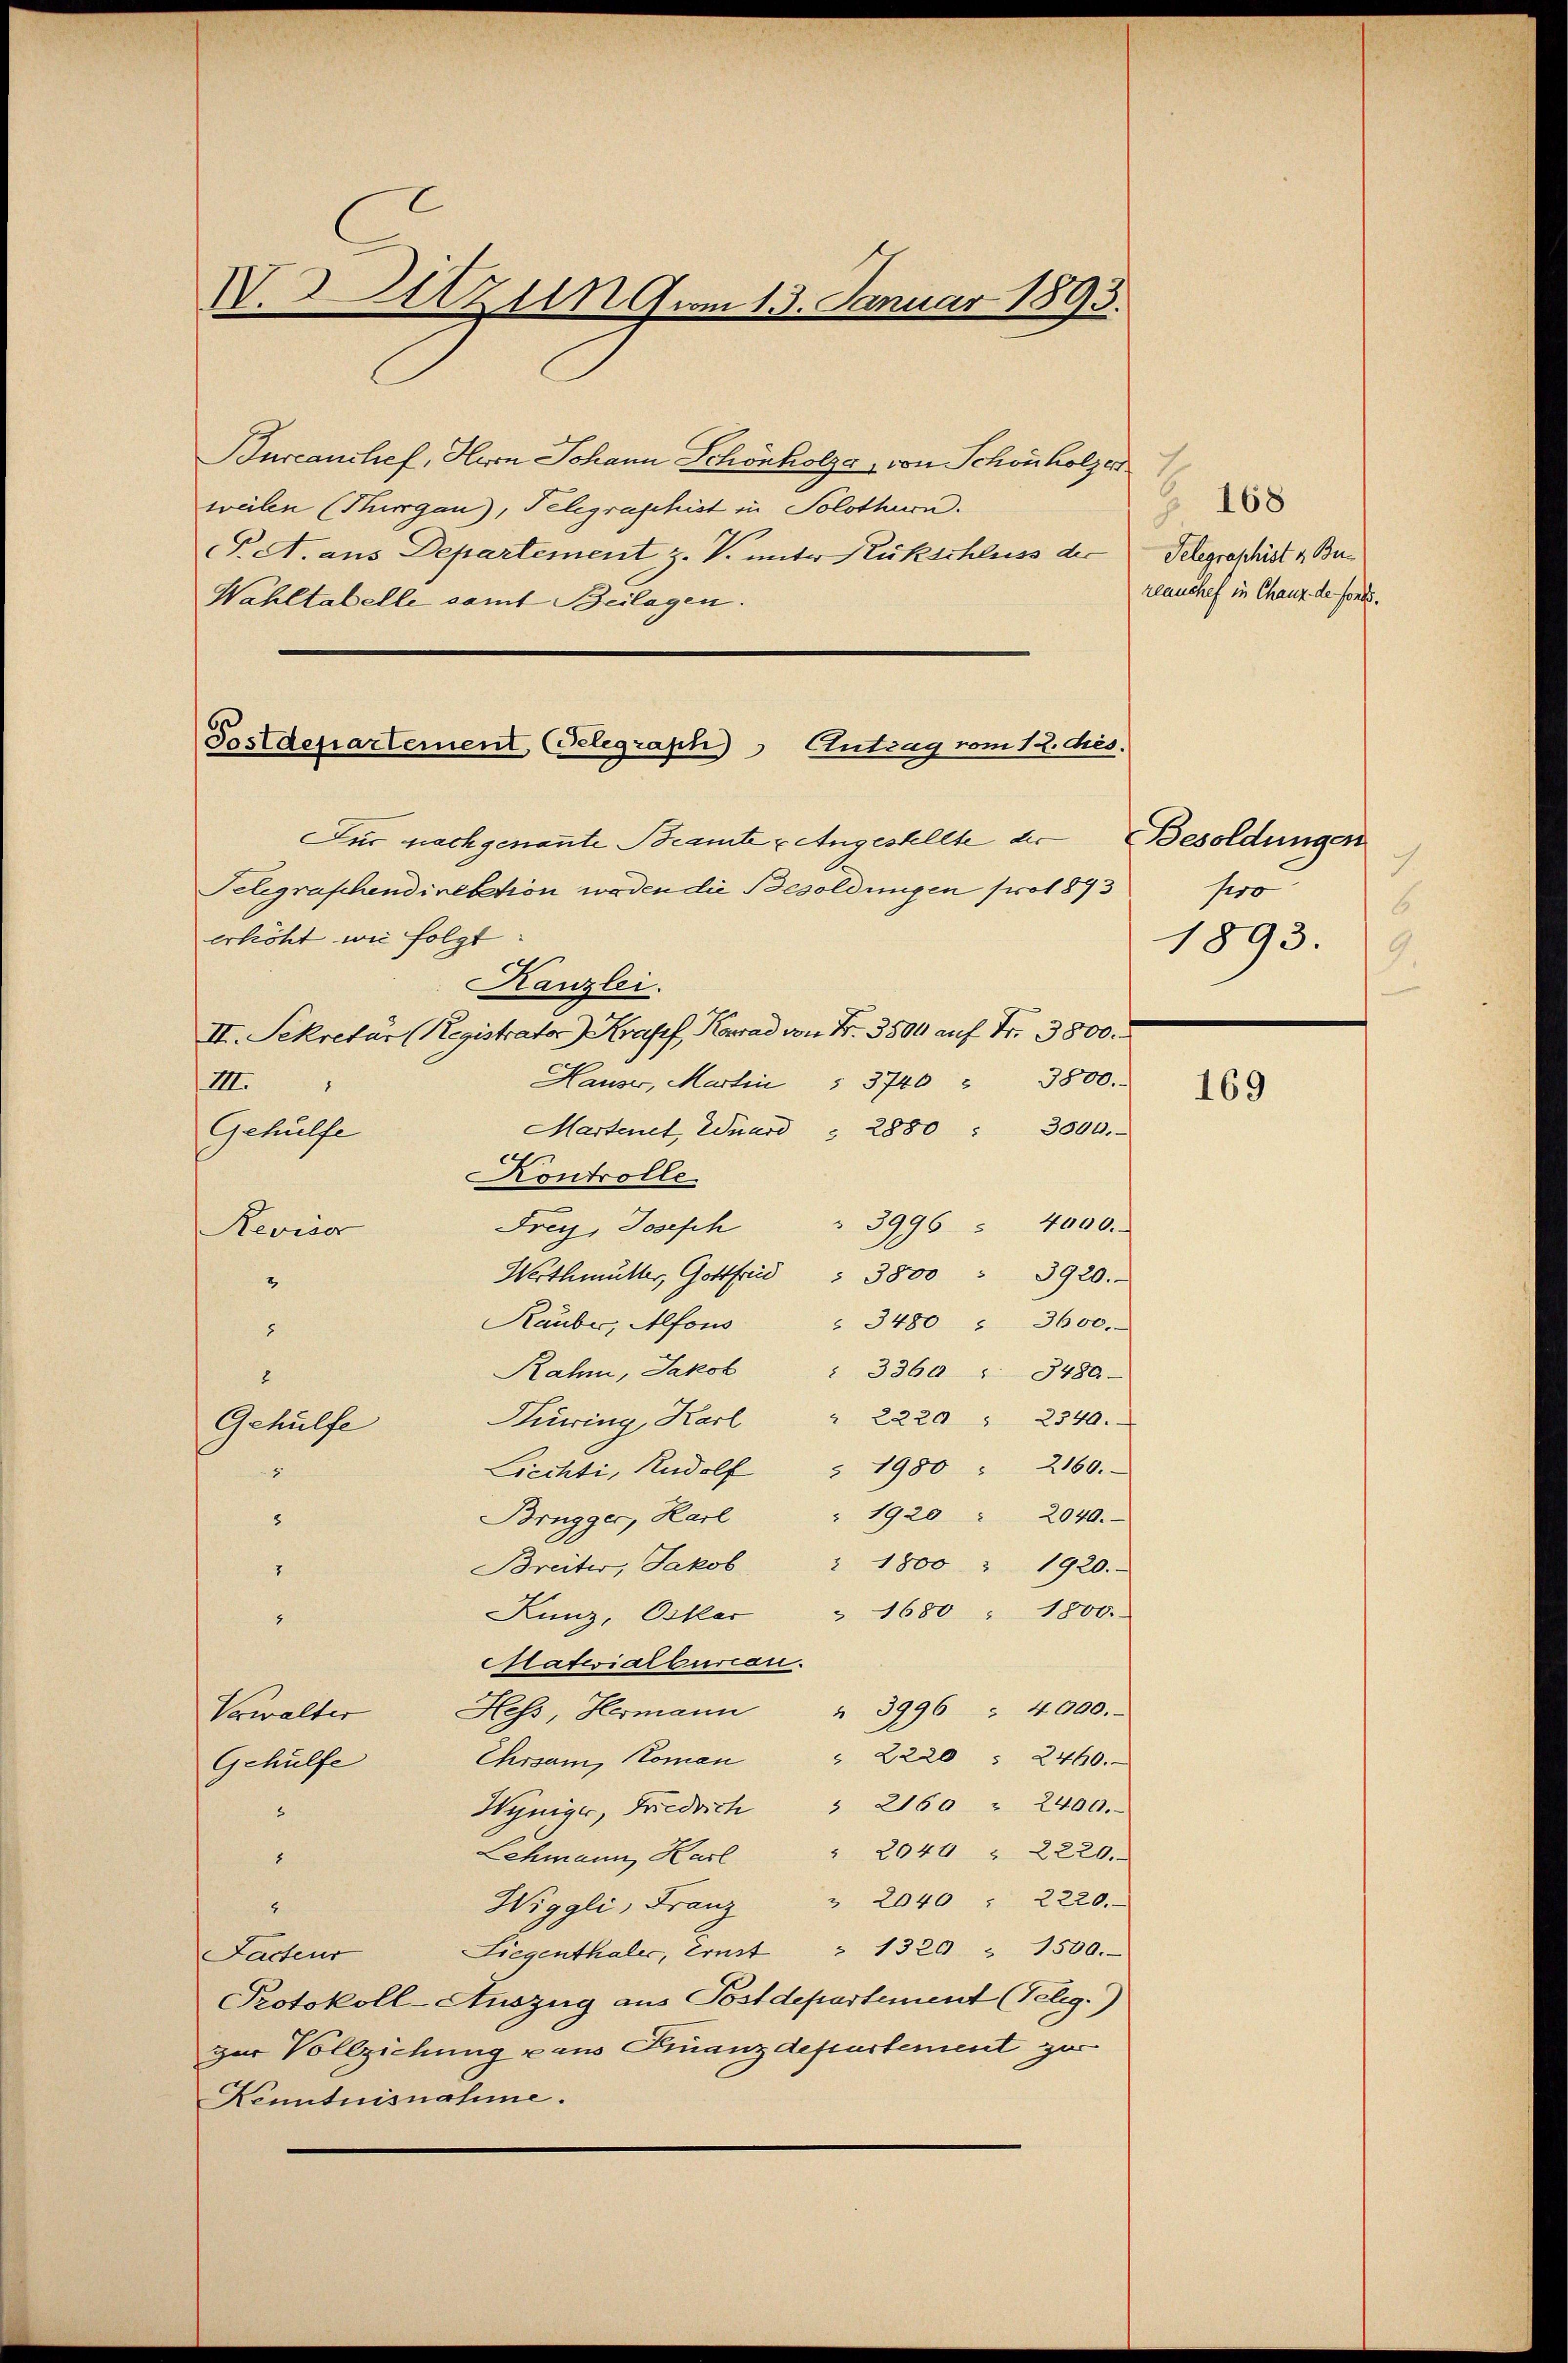
I.Atzun vom 13. Januar 1893.

Burcanchef, Herrn Johann Schönholza, von Schönholzer
weilen (Thurgau, Telegraphist in Solothurn.
. A. aus Departement z. V. unter Rükschluss der
Wahltabelle samt Beilagen.

Postdepartement (Telegraph Entzug vom 12. des.

§ 168
Telegraphist z. Bureanchef in Chauz de fonds.

Für nachgenannte Beamte u Angestellte der Besoldungen
Telegraphendirektion weden die Besoldungen prot 893
erhöht wie folgt:
Kanzlei.
II. Sekretär (Registrator Krasef, Konrad von Nr. 3500 auf Fr. 3800.
3800.
Hauser, Martin § 3740
VIII.
Martenet, duard " 2880 " 3500.
Gehülfe
Kontrolle
Frey, Joseph " 3996 " 4000.
Revisor
Werthmutter, Gottfrid " 3800 " 3920.
2
Rauber, Alfons " 3480 " 3600.
8
Rahn, Jakob " 3360 " 3480-
2
Hirring, Karl " 2220 " 2340.
Gehülfe
Liechti, Rudolf " 1980 " 2160.
5
Brugger, Karl " 1920 " 2040.
8
Breiter, Jakob 1800 " 1920.
2
" 1680 " 1800.
Kunz, Oskar

Natwialbureau.
Vewalter Hess, Hermann " 3996 " 4000.
Ehrsam, Komen " 2220 " 2460.
Gehülfe
Wyniger, Friedrich " 2160 " 2400.

Lehmann Karl " 2040 " 2220.
8
Wiggli, Franz " 2040 " 2220.

Facteur Liegenthaler, Ernst " 1320 " 1500.
Protokoll-Auszug aus Postdepartement (Telig.)
zur Vollziehung u aus Finanzdepartement zur
Kenntnisnahme.

pro
6
1893.
9

169